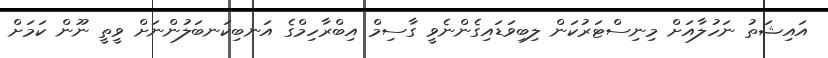
އައިޝަތު ނަހުލާއަށް މިނިސްޓަރުކަން ލިބިވަޑައިގެންނެވީ ގާސިމް އިބްރާހިމްގެ އަނބިކަނބަލުންނަށް ވީތީ ނޫން ކަމަށް